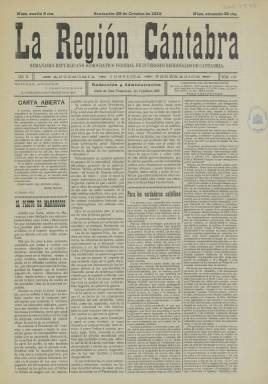
Título: La Región cántabra (Santander)
Colección: Periódicos
Ámbito geográfico: Cantabria
Lugar de publicación: Santander, Cantabria
Fechas: 29/10/1910-29/10/1910